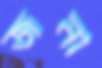
জনা